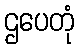
ဌပေတုံ